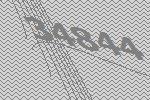
34844